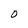
Character: O